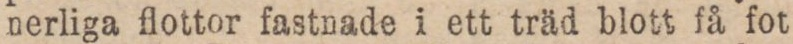
nerliga flottor fastnade i ett träd blott få fot